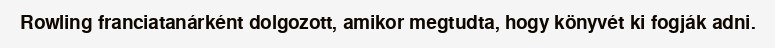
Rowling franciatanárként dolgozott, amikor megtudta, hogy könyvét ki fogják adni.